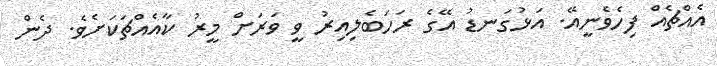
އެއްޗެއް ފިހެވެނީއޭ. އަޅުގަނޑު އޭގެ ރަހަބެލިއިރު ވީ ވަރަށް މީރު ކާއެއްޗަކަށެވެ. ދެން